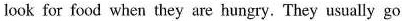
look for food when they are hungry. They usually go